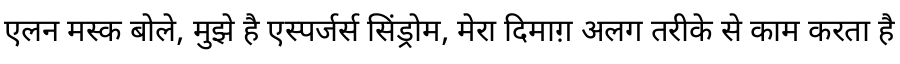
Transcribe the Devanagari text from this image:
एलन मस्क बोले, मुझे है एस्पर्जर्स सिंड्रोम, मेरा दिमाग़ अलग तरीके से काम करता है